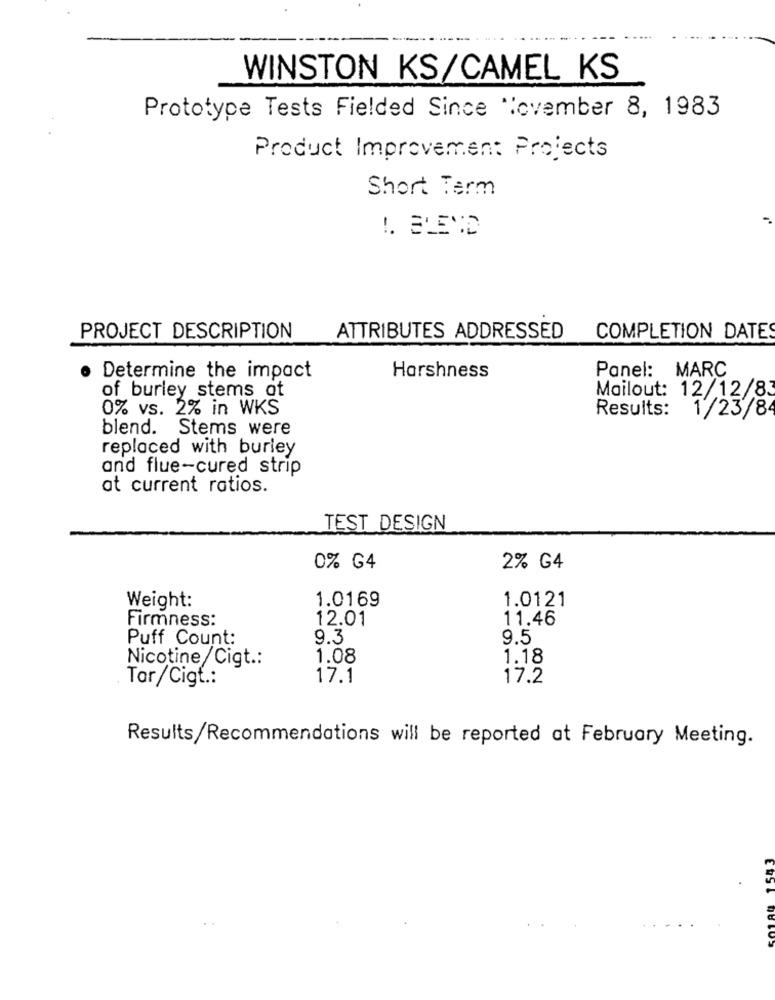
WINSTON KS/CAMEL KS
Prototype Tests Fielded Since November 8, 1983
Product Improvement Projects
Short Term
-.
!. BLEND
PROJECT DESCRIPTION
ATTRIBUTES ADDRESSED
COMPLETION DATES
Panel: MARC
Determine the impact
Harshness
of burley stems at
Mailout: 12/12/83
0% vs. 2% in WKS
Results:
1/23/84
blend. Stems were
replaced with burley
and flue-cured strip
at current ratios.
TEST DESIGN
0% G4
2% G4
1.0169
1.0121
Weight:
12.01
11.46
Firmness:
Puff Count:
9.3
9.5
Nicotine/Cigt .:
1.08
1.18
Tar/Cigf .:
17.1
17.2
Results/Recommendations will be reported at February Meeting.
ERST